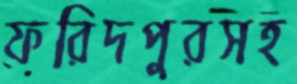
ফরিদপুরসহ